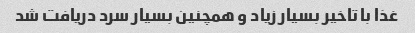
غذا با تاخیر بسیار زیاد و همچنین بسیار سرد دریافت شد